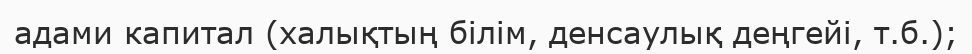
адами капитал (халықтың білім, денсаулық деңгейі, т.б.);